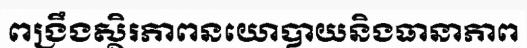
ពង្រឹងស្ថិរភាពនយោបាយនិងធានាភាព